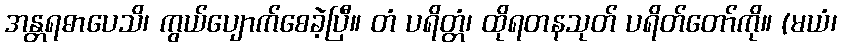
အန္တရဓာပေသိ၊ ကွယ်ပျောက်စေခဲ့ပြီ။ တံ ပရိတ္တံ၊ ထိုရတနသုတ် ပရိတ်တော်ကို။ (မယံ၊